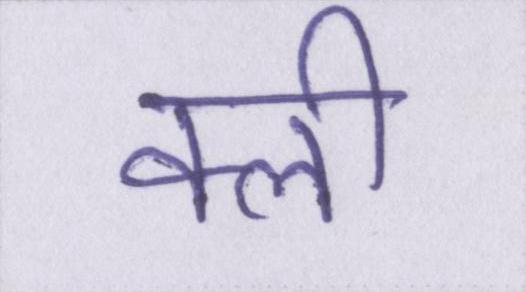
क्ली